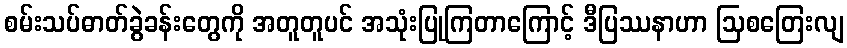
စမ်းသပ်ဓာတ်ခွဲခန်းတွေကို အတူတူပင် အသုံးပြုကြတာကြောင့် ဒီပြဿနာဟာ ဩစတြေးလျ